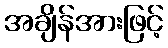
အချိန်အားဖြင့်